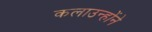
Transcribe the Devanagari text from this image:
कलाउन्होंने